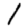
Digit: 1